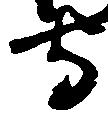
守